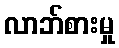
လာဘ်စားမှု